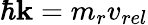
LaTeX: \hbar\mathbf{k}=m_{r}v_{rel}